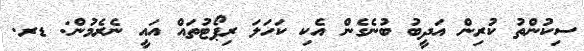
ސިކުންތު ކުރިން އަދީބު ބުނެގެން އެކި ކަހަލަ ރިޕޯޓުތައް އައީ ނެރެމުން: ޑރ.